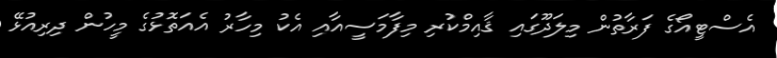
އެސްޓީއޯގެ ފަރާތުން މިލަދޫގައި ޤާއިމްކުރި މިފާމަސީއާއި އެކު މިހާރު އެއަތޮޅުގެ މީހުން ދިރިއުޅޭ